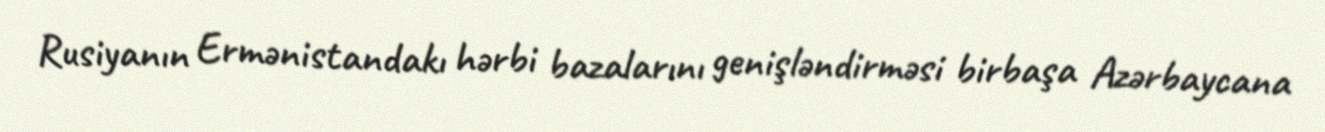
Rusiyanın Ermənistandakı hərbi bazalarını genişləndirməsi birbaşa Azərbaycana